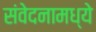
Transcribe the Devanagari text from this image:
संवेदनामध्ये